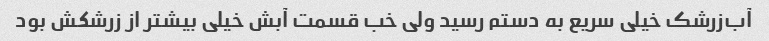
آب‌زرشک خیلی سریع به دستم رسید ولی خب قسمت آبش خیلی بیشتر از زرشکش بود